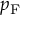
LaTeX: p _ { \mathrm { F } }